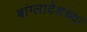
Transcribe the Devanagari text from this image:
बांग्लादेशच्या